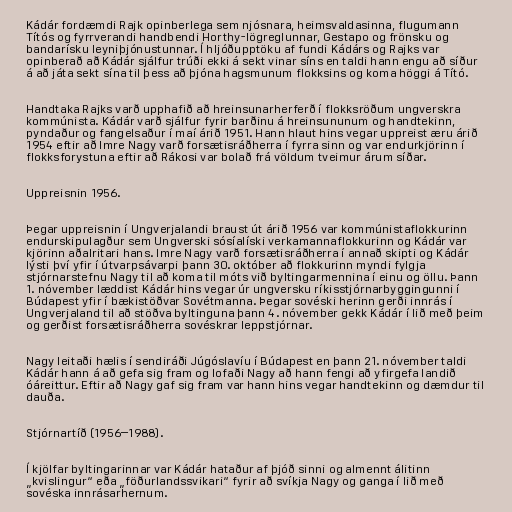
Kádár fordæmdi Rajk opinberlega sem njósnara, heimsvaldasinna, flugumann
Títós og fyrrverandi handbendi Horthy-lögreglunnar, Gestapo og frönsku og
bandarísku leyniþjónustunnar. Í hljóðupptöku af fundi Kádárs og Rajks var
opinberað að Kádár sjálfur trúði ekki á sekt vinar síns en taldi hann engu að síður
á að játa sekt sína til þess að þjóna hagsmunum flokksins og koma höggi á Tító.

Handtaka Rajks varð upphafið að hreinsunarherferð í flokksröðum ungverskra
kommúnista. Kádár varð sjálfur fyrir barðinu á hreinsununum og handtekinn,
pyndaður og fangelsaður í maí árið 1951. Hann hlaut hins vegar uppreist æru árið
1954 eftir að Imre Nagy varð forsætisráðherra í fyrra sinn og var endurkjörinn í
flokksforystuna eftir að Rákosi var bolað frá völdum tveimur árum síðar.

Uppreisnin 1956.

Þegar uppreisnin í Ungverjalandi braust út árið 1956 var kommúnistaflokkurinn
endurskipulagður sem Ungverski sósíalíski verkamannaflokkurinn og Kádár var
kjörinn aðalritari hans. Imre Nagy varð forsætisráðherra í annað skipti og Kádár
lýsti því yfir í útvarpsávarpi þann 30. október að flokkurinn myndi fylgja
stjórnarstefnu Nagy til að koma til móts við byltingarmennina í einu og öllu. Þann
1. nóvember læddist Kádár hins vegar úr ungversku ríkisstjórnarbyggingunni í
Búdapest yfir í bækistöðvar Sovétmanna. Þegar sovéski herinn gerði innrás í
Ungverjaland til að stöðva byltinguna þann 4. nóvember gekk Kádár í lið með þeim
og gerðist forsætisráðherra sovéskrar leppstjórnar.

Nagy leitaði hælis í sendiráði Júgóslavíu í Búdapest en þann 21. nóvember taldi
Kádár hann á að gefa sig fram og lofaði Nagy að hann fengi að yfirgefa landið
óáreittur. Eftir að Nagy gaf sig fram var hann hins vegar handtekinn og dæmdur til
dauða.

Stjórnartíð (1956–1988).

Í kjölfar byltingarinnar var Kádár hataður af þjóð sinni og almennt álitinn
„kvislingur“ eða „föðurlandssvikari“ fyrir að svíkja Nagy og ganga í lið með
sovéska innrásarhernum.